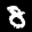
Label: 8